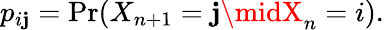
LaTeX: p_{i\mathbf{j}}=\operatorname*{Pr}(X_{n+1}=\mathbf{j}\midX_{n}=i).